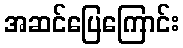
အဆင်ပြေကြောင်း